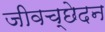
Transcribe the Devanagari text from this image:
जीवच्छेदन